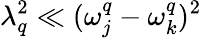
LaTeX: \lambda_{q}^{2}\ll(\omega_{j}^{q}-\omega_{k}^{q})^{2}